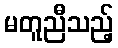
မတူညီသည့်